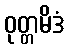
ဝုတ္တမိဒံ